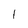
Character: 1